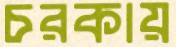
চরকায়